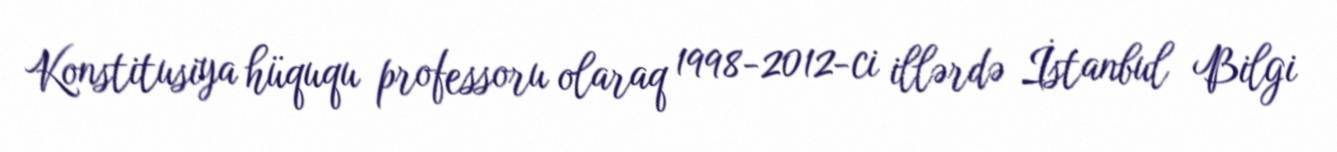
Konstitusiya hüququ professoru olaraq 1998-2012-ci illərdə İstanbul Bilgi